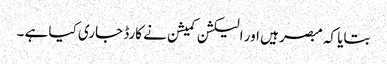
بتایا کہ مبصر ہیں اور الیکشن کمیشن نے کارڈ جاری کیا ہے ۔